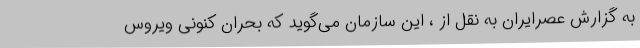
به گزارش عصرایران به نقل از ، این سازمان می‌گوید که بحران کنونی ویروس